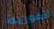
الفورية